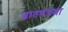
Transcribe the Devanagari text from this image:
ज्ञातचंद्रमा